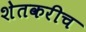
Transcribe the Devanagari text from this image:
शेतकरीच